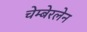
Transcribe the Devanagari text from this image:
चेम्बेरलेन